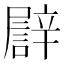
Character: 𨐫